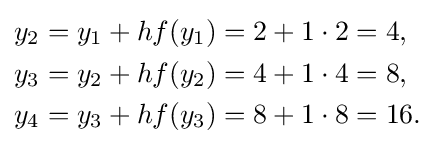
{\begin{aligned}y_{2}&=y_{1}+hf(y_{1})=2+1\cdot 2=4,\\y_{3}&=y_{2}+hf(y_{2})=4+1\cdot 4=8,\\y_{4}&=y_{3}+hf(y_{3})=8+1\cdot 8=16.\end{aligned}}